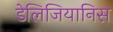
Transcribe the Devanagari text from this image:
डेलिजियानिस